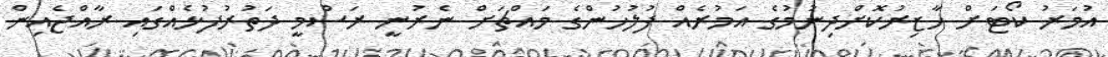
އުމަރު ކޯޓަށް ހާޒިރުކޮށްދިނުމުގެ އަމުރެއް ފުލުހުންގެ މައްޗަށް ނެރުނީ ރަސްމީ ދަތުރުފުޅެއްގައި ރާއްޖެއިން